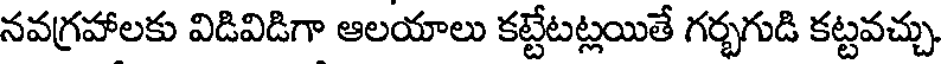
నవగ్రహాలకు విడివిడిగా ఆలయాలు కట్టేటట్లయితే గర్భగుడి కట్టవచ్చు.